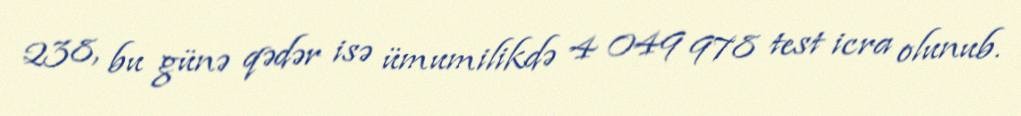
238, bu günə qədər isə ümumilikdə 4 049 978 test icra olunub.